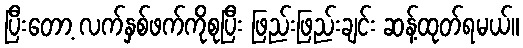
ပြီးတော့ လက်နှစ်ဖက်ကိုစုပြီး ဖြည်းဖြည်းချင်း ဆန့်ထုတ်ရမယ်။